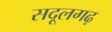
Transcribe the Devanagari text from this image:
सदूलगढ़